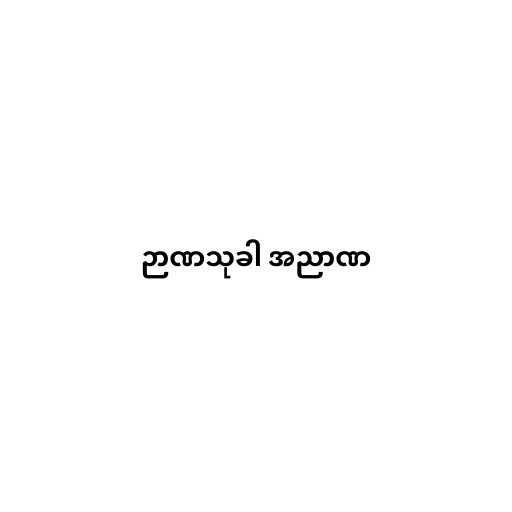
ဉာဏသုခါ အညာဏ